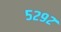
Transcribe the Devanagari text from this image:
५२९२